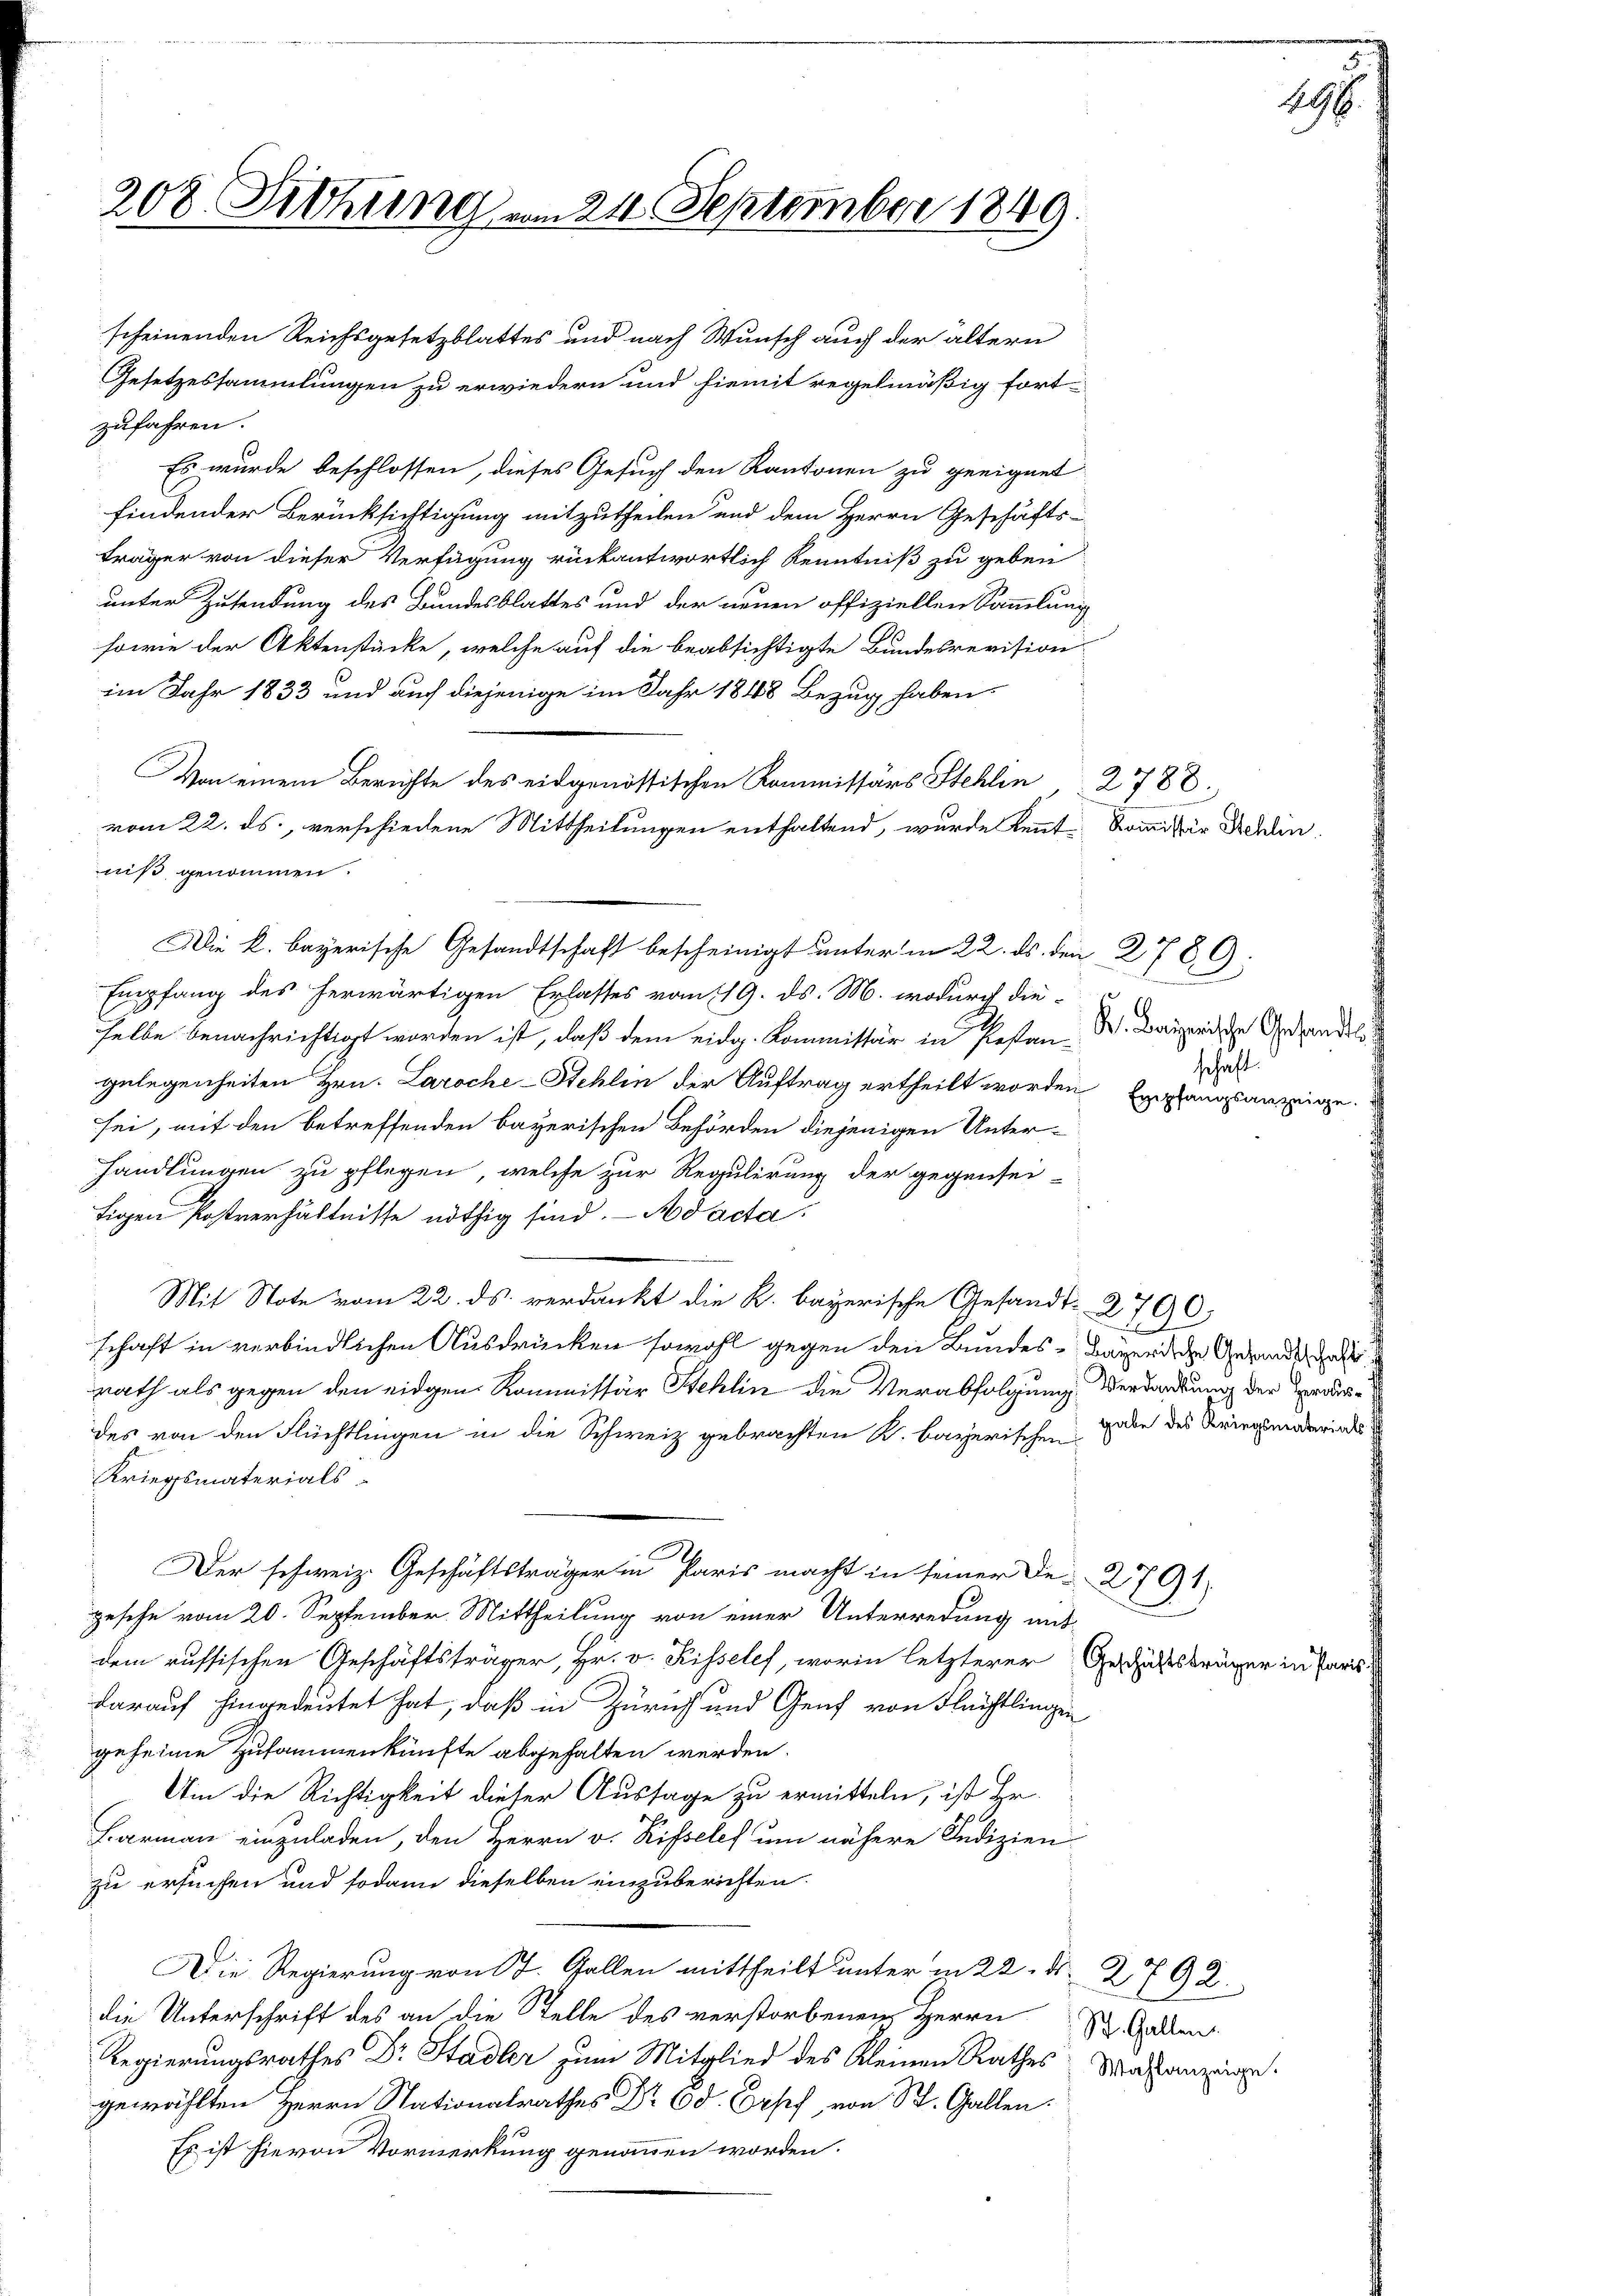
zufahren.
im Jahr 1833 und auch diejenige im Jahr 1848 Bezug haben.
Von einem Berichte des eidgenössischen Kommissärs Stehlin 2788.
vom 22. ds., verschiedene Mittheilungen enthaltend, wurde kennt. Kommißion Bedin
niß genommen.
Empfang des herwärtigen Erlasses vom 119. ds. M. wodurch dieselbe benachrichtigt worden ist, daß dem eidg. Kommissär in Pestan-
gelegenheiten Hrn. Laroche-Stehlen der Auftrag ertheilt worden Empfangsanzeige
sei, mit den betreffenden bayerischen Behörden diejenigen Unterhandlungen zu pflegen, welche zur Regulirung der gegensei-
tigen Postverhältnisse nöthig sind. Ad acta.
Mit Note vom 22. ds. verdankt die K. bayerische Gesandt-2790;
schaft in verbindlichen Ausdrücken sowohl gegen den Bundes- Bayer die Gesandt hat
rath als gegen den eidgen. Kommissär Hehlin die Verabfolgung Verdankung der Vorausdes von den Flüchtlingen in die Schweiz gebrachten K. bayerischen den des Kriegenderindes
Kriegsmaterials
Der schweiz. Geschäftsträger in Paris macht in seiner De-2791
gesche vom 20. September Mittheilung von einer Unterredung mit-
dem russischen Geschäftsträger, Hr. v. Kissele, worin letzterer Geschäftsträger in Paris
darauf hingedeutet hat, daß in Zürich und Genf von Flüchtlingen
geheime Zusammenkünfte abgehalten werden.
Um die Richtigkeit dieser Aussage zu ermitteln, ist Hr.
Barman einzuladen, den Herrn v. Risselef um nähere Judizien
zu ersuchen und sodann dieselben einzuberichten.
Die Regierung von St. Gallen mittheilt unter in 22. d. 2792.
die Unterschrift des an die Stelle des verstorbenen Herrn
St. Gallen.
Regierungsrathes Dr Stadler zum Mitglied des Kleinen Rathes Malanzeige
gewählten Herrn Nationalrathes Dr. 6 d. Orpf von St. Gallen.
Es ist hievon Vormerkung genommen worden.

208. Sitzung vom 24. September 1849.

scheinenden Reichsgesetzblattes und nach Wunsch auch der ältern
Gesetzessammlungen zu erwiedern und hiemit regelmäßig fort-
Es wurde beschlossen, dieses Gesuch den Kantonen zu geeignet
findender Berücksichtigung mitzutheilen und dem Herrn Geschäfts-
träger von dieser Verfügung rückantwortlich Kenntniß zu geben
unter Zusendung des Bundesblattes und der neuen offiziellen Sammlung
sowie der Aktenstücke, welche auf die beabsichtigte Bundesrevision

Die k. bayerische Gesandtschaft bescheinigt unter in 22. ds. den 2789:

K. Baierische Gesandts
schaft.

196